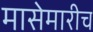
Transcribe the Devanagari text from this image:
मासेमारीच